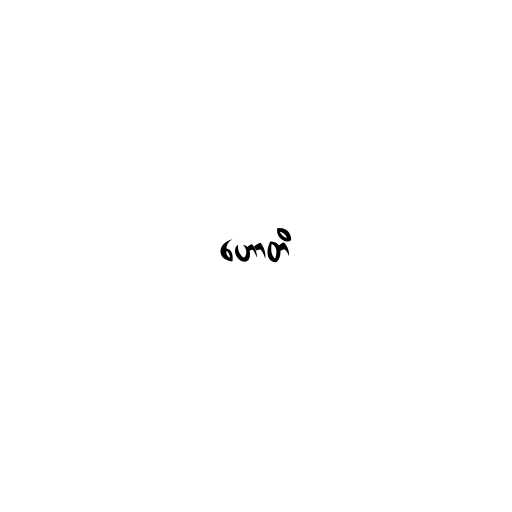
ဟောတိ